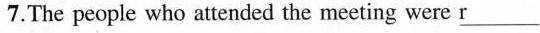
7.The people who atended the meeting were r ___